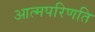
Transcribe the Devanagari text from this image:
आत्मपरिणति